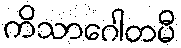
ကိသာဂေါတမီ